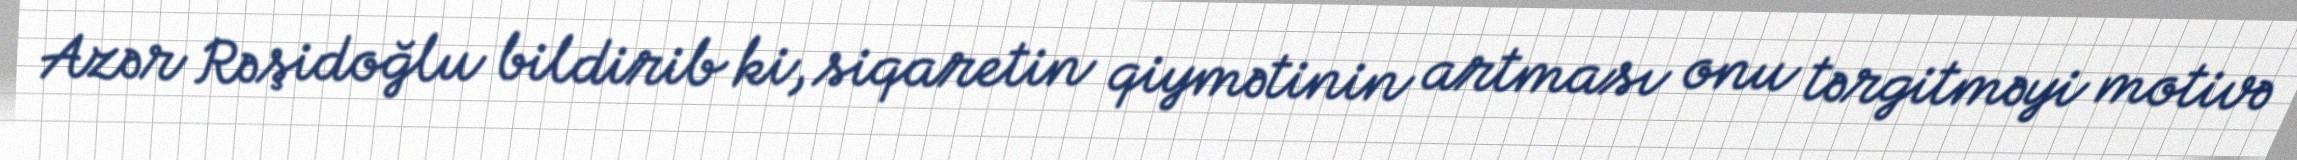
Azər Rəşidoğlu bildirib ki, siqaretin qiymətinin artması onu tərgitməyi motivə